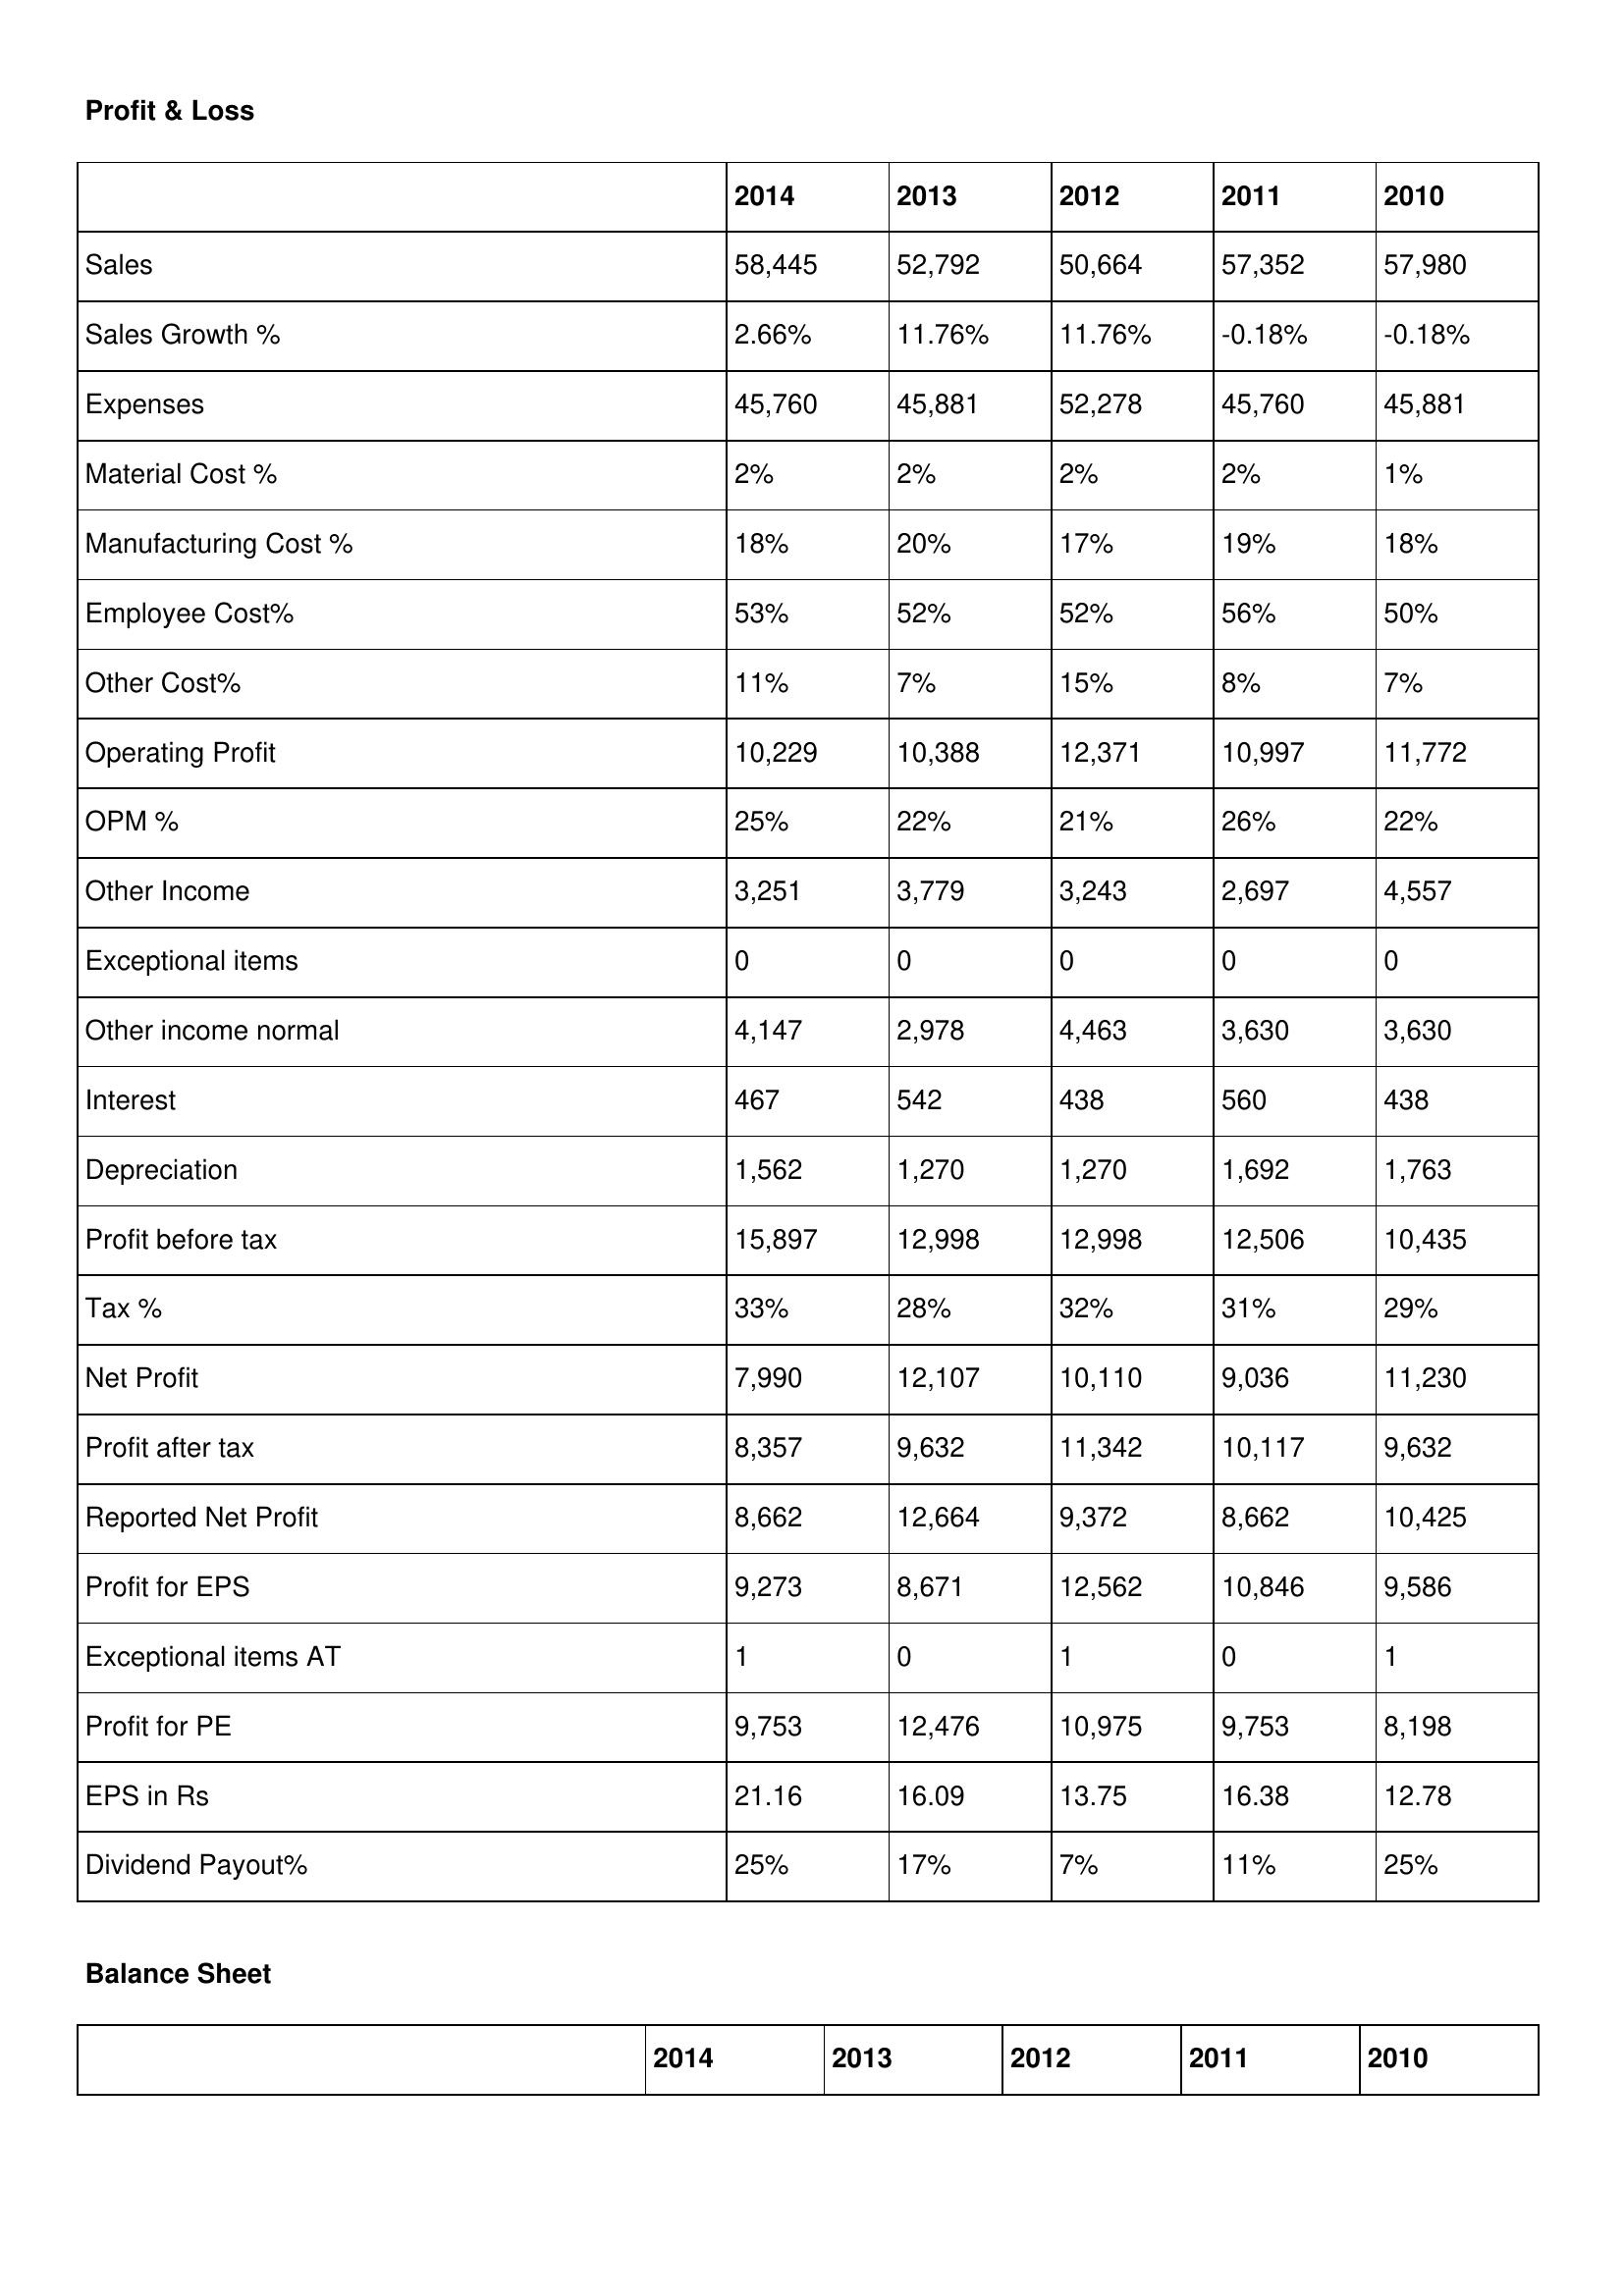
gt_parse: 2014: Profit & Loss: Sales: 58,445
Sales Growth %: 2.66%
Expenses: 45,760
Material Cost %: 2%
Manufacturing Cost %: 18%
Employee Cost%: 53%
Other Cost%: 11%
Operating Profit: 10,229
OPM %: 25%
Other Income: 3,251
Exceptional items: 0
Other income normal: 4,147
Interest: 467
Depreciation: 1,562
Profit before tax: 15,897
Tax %: 33%
Net Profit: 7,990
Profit after tax: 8,357
Reported Net Profit: 8,662
Profit for EPS: 9,273
Exceptional items AT: 1
Profit for PE: 9,753
EPS in Rs: 21.16
Dividend Payout%: 25%
2013: Profit & Loss: Sales: 52,792
Sales Growth %: 11.76%
Expenses: 45,881
Material Cost %: 2%
Manufacturing Cost %: 20%
Employee Cost%: 52%
Other Cost%: 7%
Operating Profit: 10,388
OPM %: 22%
Other Income: 3,779
Exceptional items: 0
Other income normal: 2,978
Interest: 542
Depreciation: 1,270
Profit before tax: 12,998
Tax %: 28%
Net Profit: 12,107
Profit after tax: 9,632
Reported Net Profit: 12,664
Profit for EPS: 8,671
Exceptional items AT: 0
Profit for PE: 12,476
EPS in Rs: 16.09
Dividend Payout%: 17%
2012: Profit & Loss: Sales: 50,664
Sales Growth %: 11.76%
Expenses: 52,278
Material Cost %: 2%
Manufacturing Cost %: 17%
Employee Cost%: 52%
Other Cost%: 15%
Operating Profit: 12,371
OPM %: 21%
Other Income: 3,243
Exceptional items: 0
Other income normal: 4,463
Interest: 438
Depreciation: 1,270
Profit before tax: 12,998
Tax %: 32%
Net Profit: 10,110
Profit after tax: 11,342
Reported Net Profit: 9,372
Profit for EPS: 12,562
Exceptional items AT: 1
Profit for PE: 10,975
EPS in Rs: 13.75
Dividend Payout%: 7%
2011: Profit & Loss: Sales: 57,352
Sales Growth %: -0.18%
Expenses: 45,760
Material Cost %: 2%
Manufacturing Cost %: 19%
Employee Cost%: 56%
Other Cost%: 8%
Operating Profit: 10,997
OPM %: 26%
Other Income: 2,697
Exceptional items: 0
Other income normal: 3,630
Interest: 560
Depreciation: 1,692
Profit before tax: 12,506
Tax %: 31%
Net Profit: 9,036
Profit after tax: 10,117
Reported Net Profit: 8,662
Profit for EPS: 10,846
Exceptional items AT: 0
Profit for PE: 9,753
EPS in Rs: 16.38
Dividend Payout%: 11%
2010: Profit & Loss: Sales: 57,980
Sales Growth %: -0.18%
Expenses: 45,881
Material Cost %: 1%
Manufacturing Cost %: 18%
Employee Cost%: 50%
Other Cost%: 7%
Operating Profit: 11,772
OPM %: 22%
Other Income: 4,557
Exceptional items: 0
Other income normal: 3,630
Interest: 438
Depreciation: 1,763
Profit before tax: 10,435
Tax %: 29%
Net Profit: 11,230
Profit after tax: 9,632
Reported Net Profit: 10,425
Profit for EPS: 9,586
Exceptional items AT: 1
Profit for PE: 8,198
EPS in Rs: 12.78
Dividend Payout%: 25%